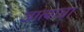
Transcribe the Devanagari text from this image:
जात्याचा